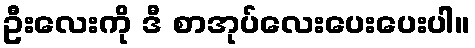
ဦးလေးကို ဒီ စာအုပ်လေးပေးပေးပါ။